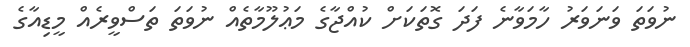
ނުވަތަ ވަނަވަރު ހާމަވާނެ ފަދަ ގޮތަކަށް ކުއްޖާގެ މަޢުލޫމާތެއް ނުވަތަ ތަސްވީރެއް މީޑިއާގެ